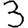
Digit: 3